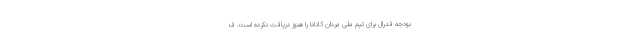
بودجه فدرال برای تیم ملی مردان کانادا را هنوز دریافت نکرده است. ف